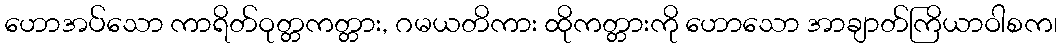
ဟောအပ်သော ကာရိတ်ဝုတ္တကတ္တား, ဂမယတိကား ထိုကတ္တားကို ဟောသော အာချာတ်ကြိယာဝါစက၊